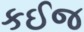
કઈજ